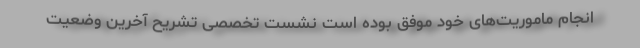
انجام ماموریت‌های خود موفق بوده است نشست تخصصی تشریح آخرین وضعیت